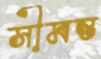
সীমন্ত